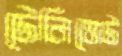
টেলিভোট